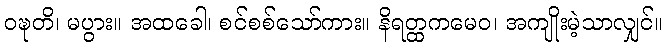
ဝဍ္ဎတိ၊ မပွား။ အထခေါ၊ စင်စစ်သော်ကား။ နိရတ္ထကမေဝ၊ အကျိုးမဲ့သာလျှင်။